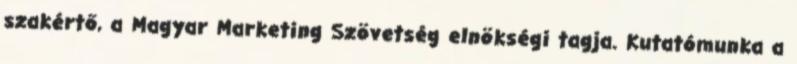
szakértő, a Magyar Marketing Szövetség elnökségi tagja. Kutatómunka a